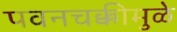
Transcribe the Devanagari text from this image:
पवनचक्कीमुळे